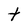
Character: t